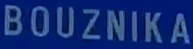
BOUZNIKA